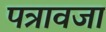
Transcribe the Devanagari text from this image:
पत्रावजा